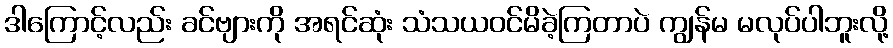
ဒါကြောင့်လည်း ခင်ဗျားကို အရင်ဆုံး သံသယဝင်မိခဲ့ကြတာပဲ ကျွန်မ မလုပ်ပါဘူးလို့